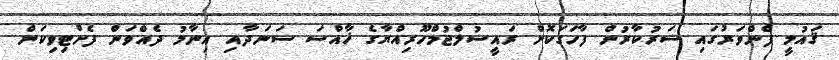
ޤައުމީ ފެންވަރުގައި ސަރުކާރުން ފާހަގަކޮށް ރައީސުލްޖުމްހޫރިއްޔާގެ ޚާއްސަ ސަނަދާއި އިނާމު ދެއްވަން ފެށްޓިވިކަން